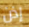
إذن